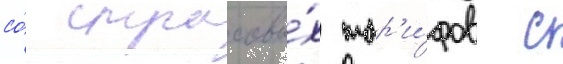
со́ страховы́х тар'и́фов с